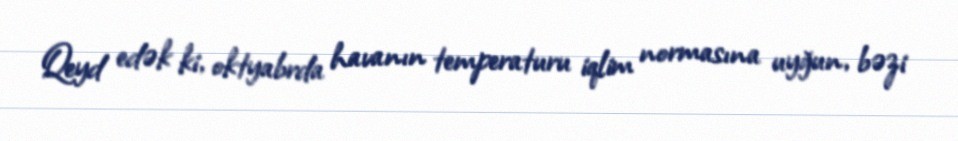
Qeyd edək ki, oktyabrda havanın temperaturu iqlim normasına uyğun, bəzi